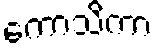
ကောသိကာ